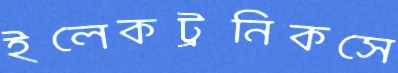
ইলেকট্রনিকসে